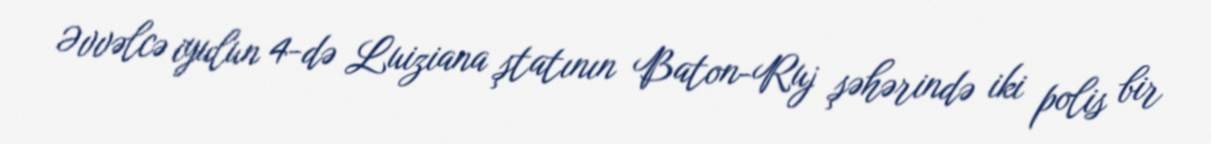
Əvvəlcə iyulun 4-də Luiziana ştatının Baton-Ruj şəhərində iki polis bir